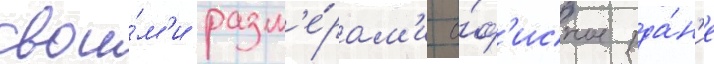
свои́м'и разм'е́рам'и о́ф'исное зда́н'ие